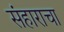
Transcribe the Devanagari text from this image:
संहाराचा